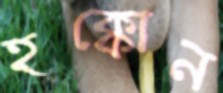
হক্কোন